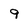
Character: 9